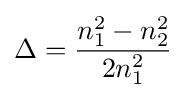
\Delta ={n_{1}^{2}-n_{2}^{2} \over 2n_{1}^{2}}